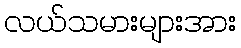
လယ်သမားများအား